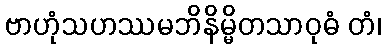
ဗာဟုံသဟဿမဘိနိမ္မိတသာဝုဓံ တံ၊